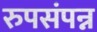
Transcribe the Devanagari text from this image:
रुपसंपन्न